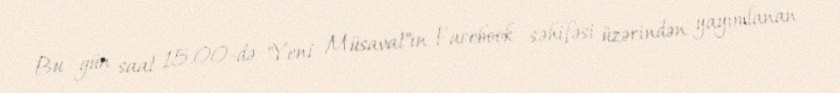
Bu gün saat 15.00-də "Yeni Müsavat"ın Facebook səhifəsi üzərindən yayımlanan